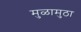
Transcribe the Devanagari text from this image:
मुळामुठा